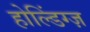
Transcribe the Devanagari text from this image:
होल्डिंग्ज़